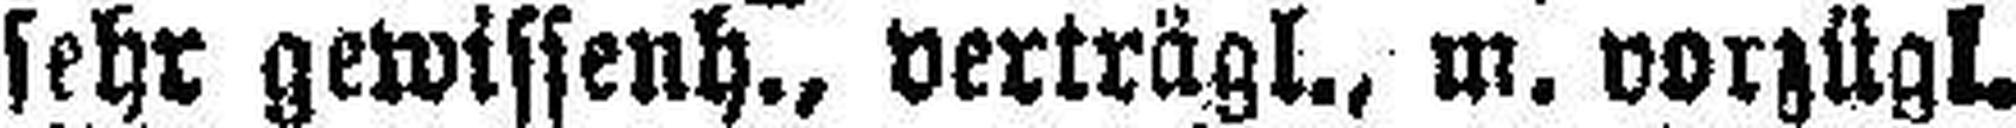
sehr gewissenh., verträgl., m. vorzügl.